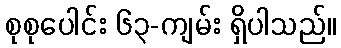
စုစုပေါင်း ၆၃-ကျမ်း ရှိပါသည်။